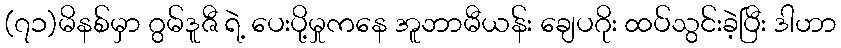
(၇၁)မိနစ်မှာ ဂွမ်ဒူဇီ ရဲ့ ပေးပို့မှုကနေ အူဘာမီယန်း ချေပဂိုး ထပ်သွင်းခဲ့ပြီး ဒါဟာ